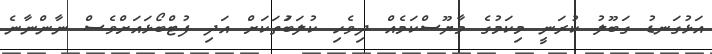
އަޅުގަނޑު ގަބޫލު ކުރަނީ މިކަމުގެ މާޔޫސްކަމެއް ދިވެހި ކުލަބަުތަކަށް އަދި ފުޓްބޯޅައަށްވެސް ނާންނާނެ